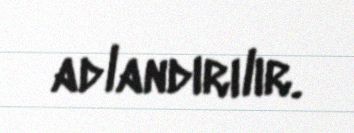
adlandırılır.